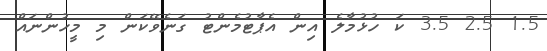
1.5 2.5 3.5 ކަ ހުޅުމާލެ އިން އެޕާޓުމެންޓު ގަނެވޭކަން މި މީހުންނައް